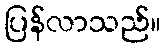
ပြန်လာသည်။